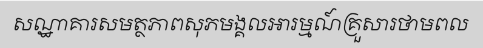
សណ្ឋាគារសមត្ថភាពសុភមង្គលអារម្មណ៍គ្រួសារថាមពល